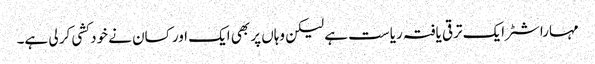
مہاراشٹر ایک ترقی یافتہ ریاست ہے لیکن وہاں پر بھی ایک اور کسان نے خود کشی کر لی ہے۔